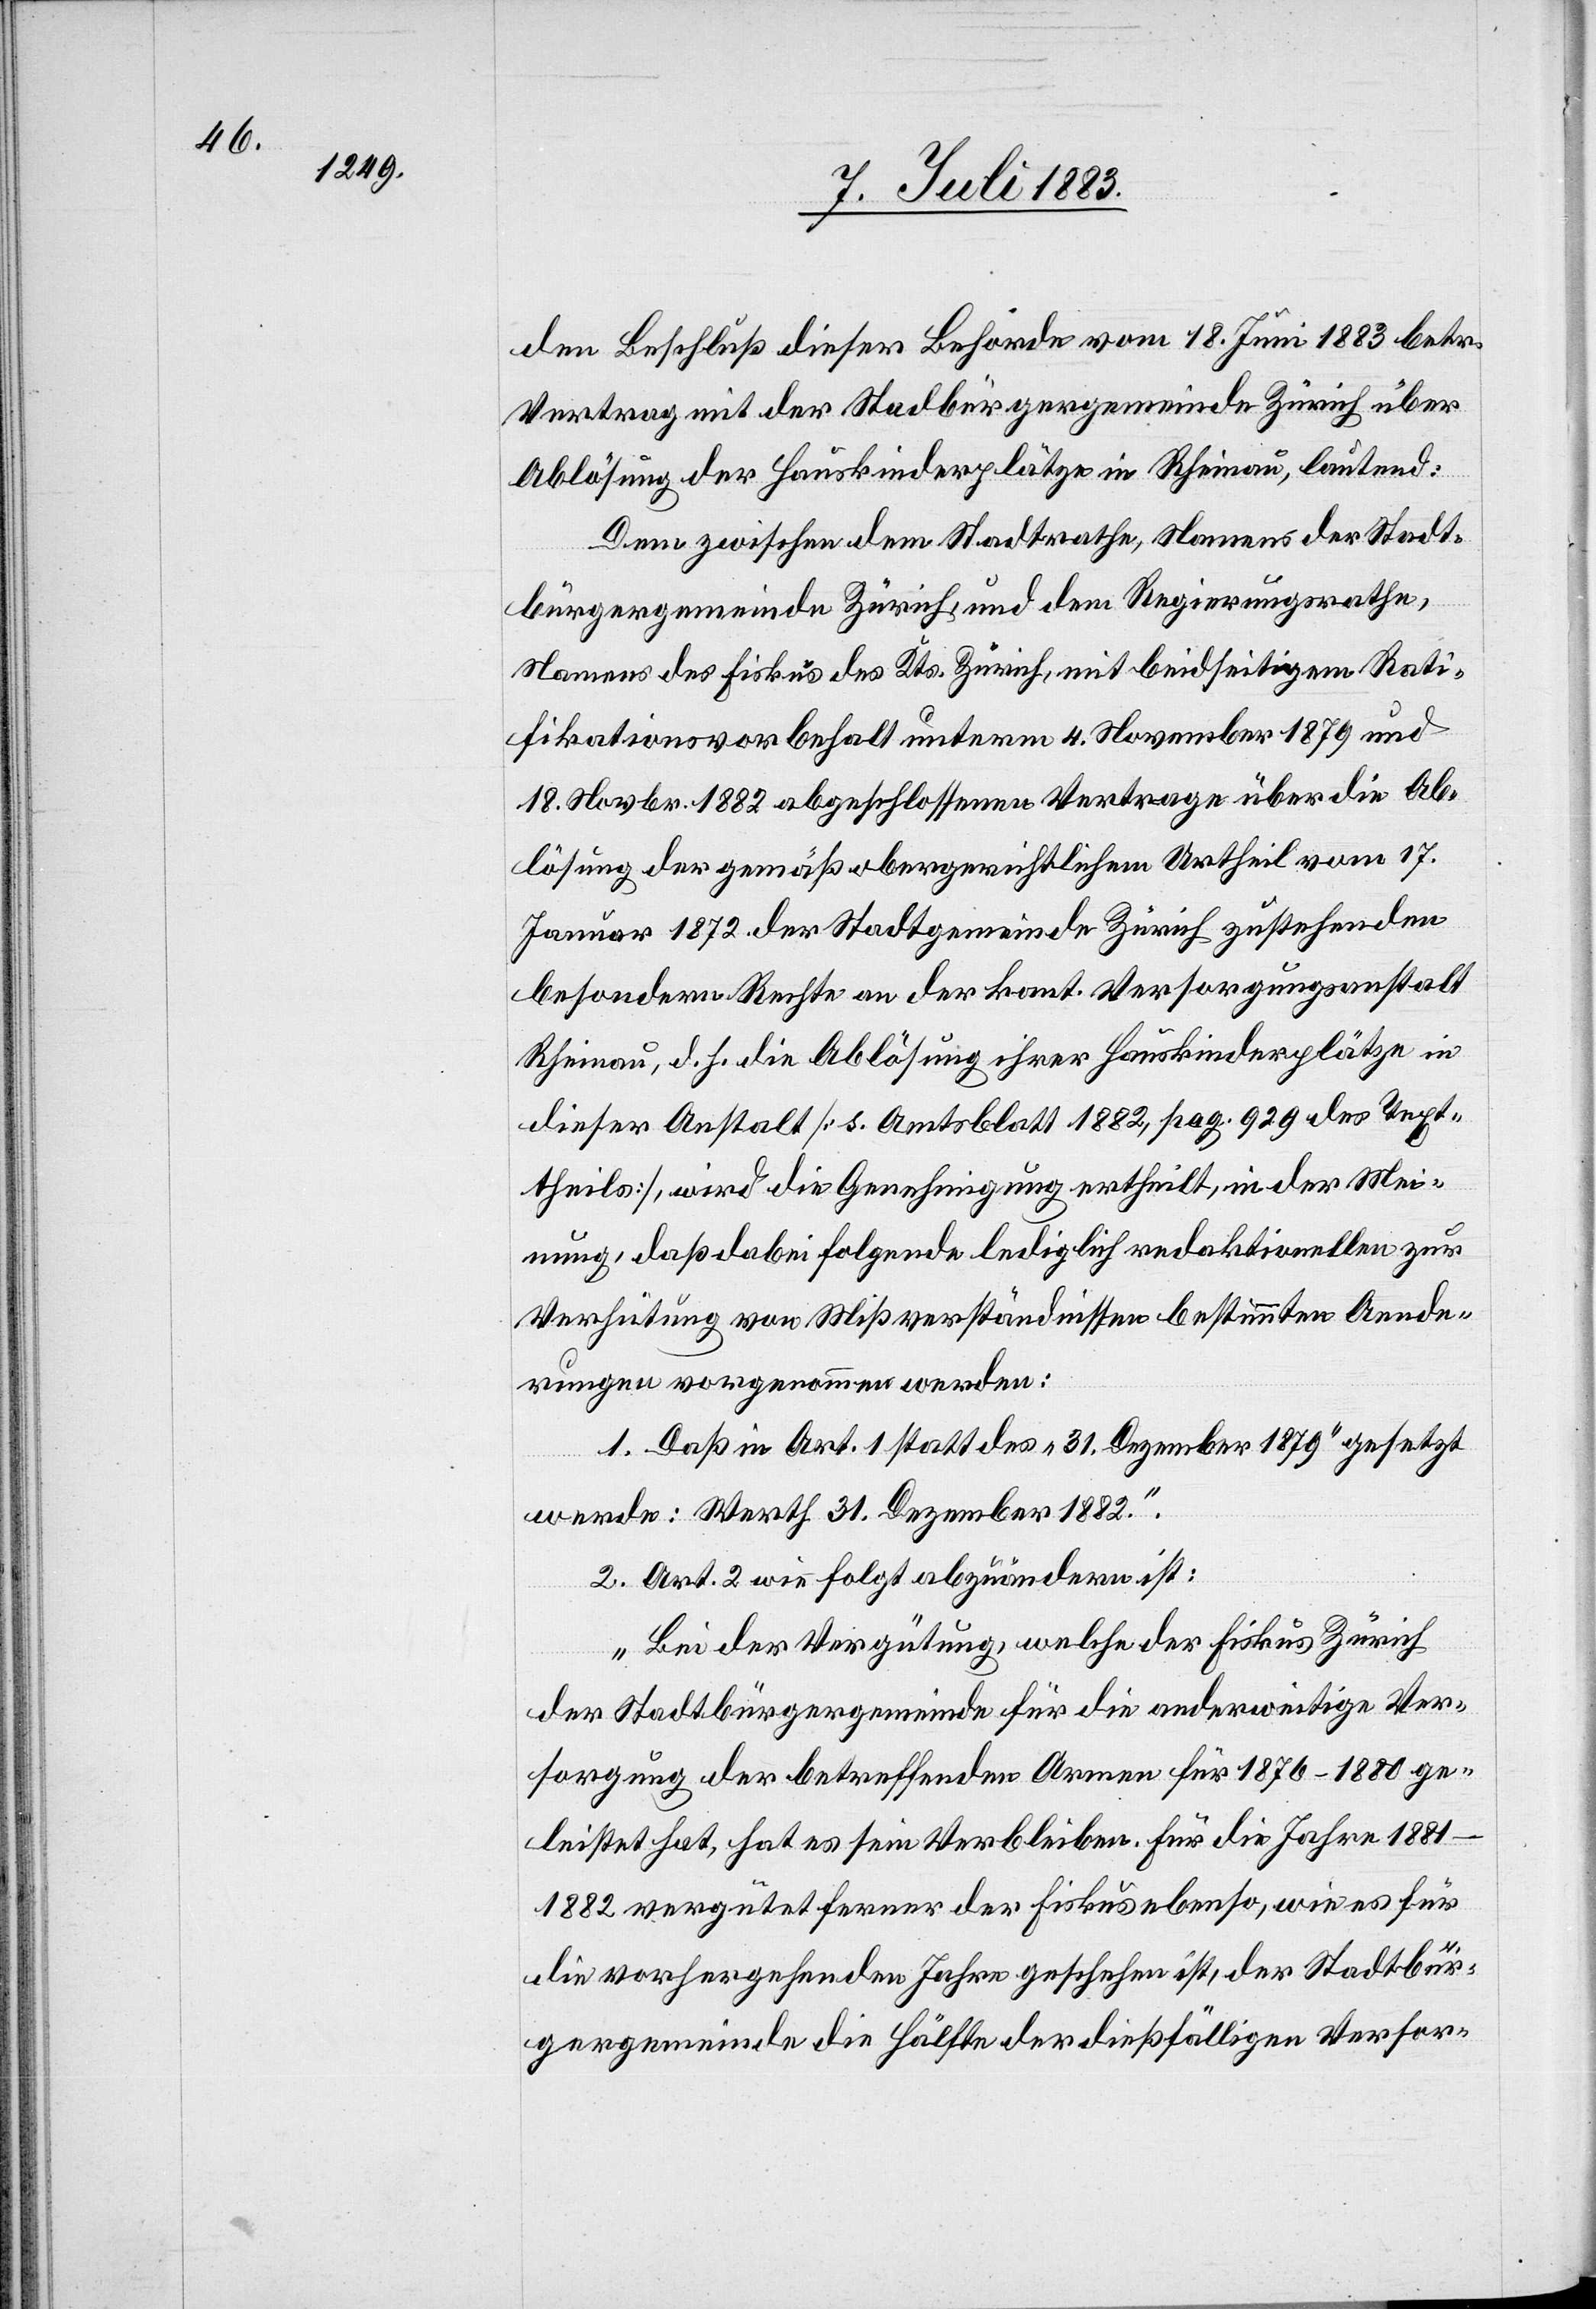
den Beschluß dieser Behörde vom 18. Juni 1883 betr.
Vertrag mit der Stad[t]bürgergemeinde Zürich über
Ablösung der Hauskinderplätze in Rheinau, lautend:
Dem zwischen dem Stadtrathe, Namens der Stadt¬
bürgergemeinde Zürich, und dem Regierungsrathe,
Namens des Fiskus des Kts. Zürich, mit beidseitigem Rati¬
fikationsvorbehalt unterm 4. November 1879 und
18. Novbr. 1882 abgeschlossenen Vertrag über die Ab¬
lösung der gemäß obergerichtlichem Urtheil vom 17.
Januar 1872 der Stadtgemeinde Zürich zustehenden
besondern Rechte an der kant. Versorgungsanstalt
Rheinau, d. h. die Ablösung ihrer Hauskinderplätze in
dieser Anstalt [s. Amtsblatt 1882, pag. 929 des Text¬
theils], wird die Genehmigung ertheilt, in der Mei¬
nung, daß dabei folgende lediglich redaktionellen zur
Verhütung von Mißverständnissen bestimmten Aende¬
rungen vorgenommen werden:
1. Daß in Art. 1 statt des „31. Dezember 1879“ gesetzt
werde: [„]Werth 31. Dezember 1882“.
2. Art. 2 wie folgt abzuändern ist:
„Bei der Vergütung, welche der Fiskus Zürich
der Stadtbürgergemeinde für die anderweitige Ver¬
sorgung der betreffenden Armen für 1876–1880 ge¬
leistet hat, hat es sein Verbleiben. Für die Jahre 1881–1882
vergütet ferner der Fiskus ebenso, wie es für
die vorhergehenden Jahre geschehen ist, der Stadtbür¬
gergemeinde die Hälfte der dießfälligen Versor-